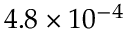
4 . 8 \times 1 0 ^ { - 4 }